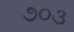
૭૦૩